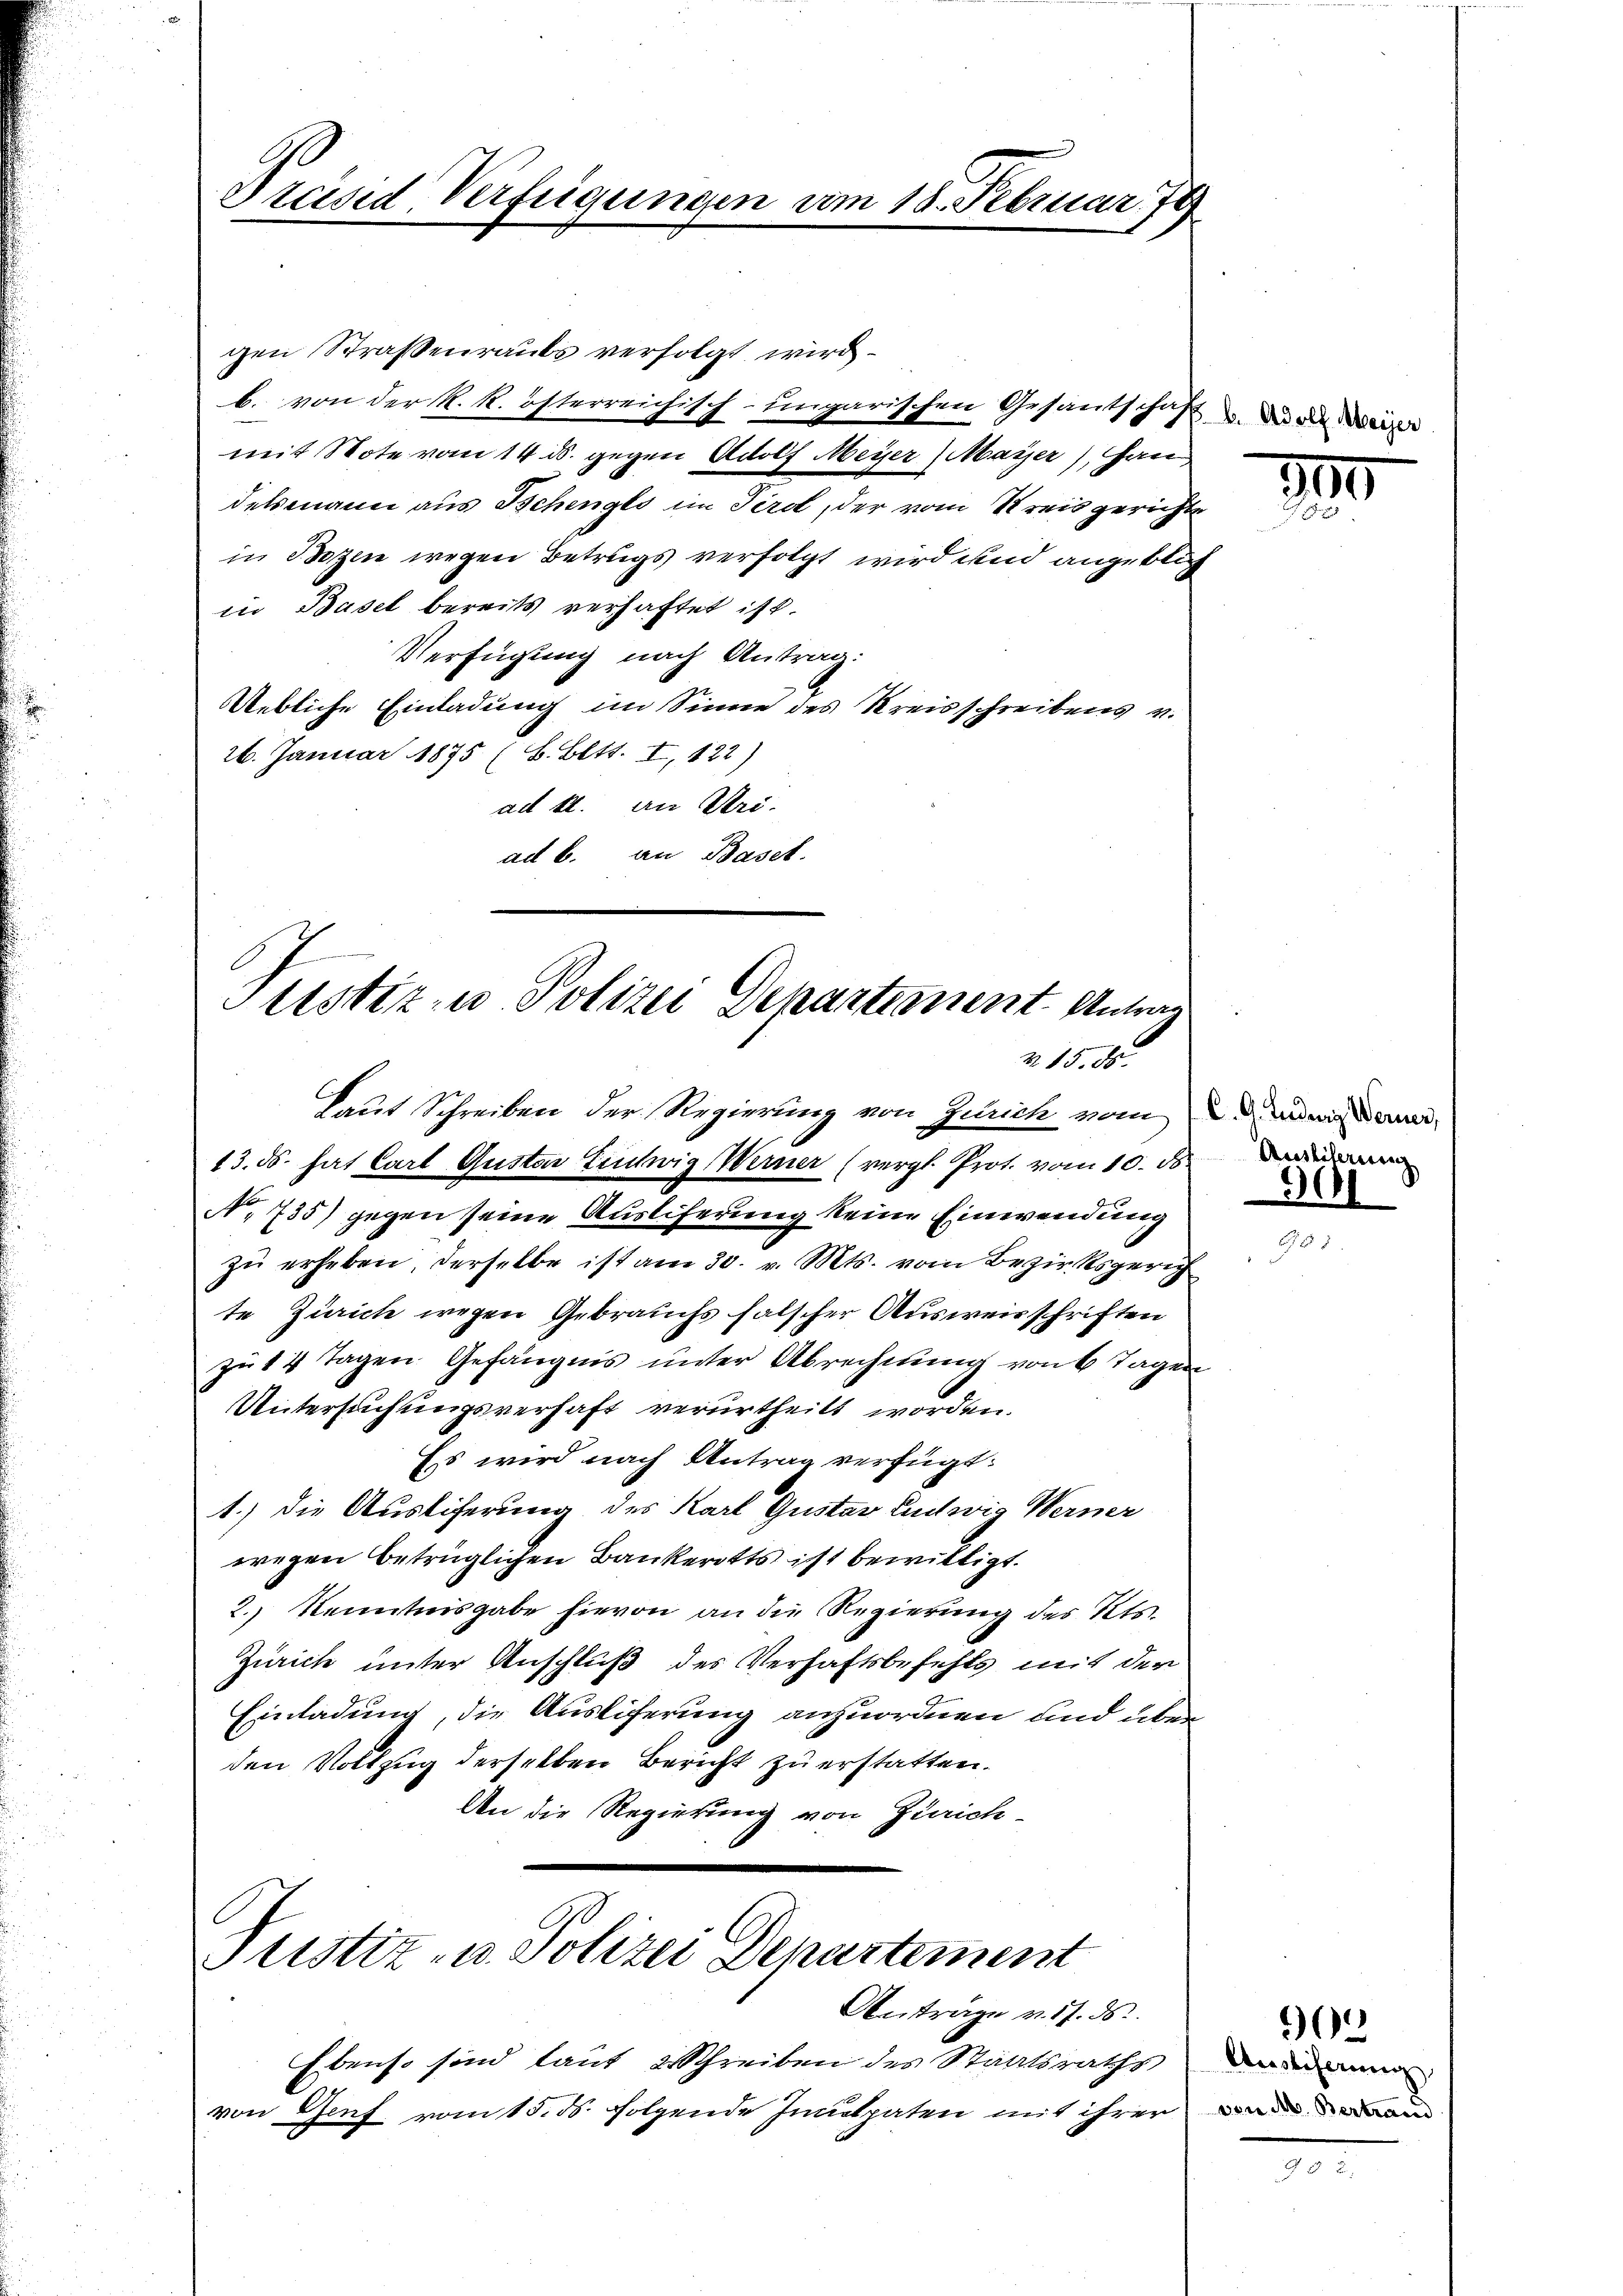
Präsid. Verfügungen am 18. Februar 79

gen Straßenraubs verfolgt wird
b. von der R. R. österreichisch-ungarischen Gesandtschaft. Du die Weise
mit Note vom 14. ds. gegen Adolf Meyer (Mayer), Han
delsmann aus Tschenges im Tirol, der vom Kreisgerichte
in Bozen wegen Betrugs verfolgt wird und angeblich
in Basel bereits verhaftet ist.
Verfügung nach Antrag:
Uebliche Einladung im Sinne des Kreisschreibens v.
26. Januar 1895 (S. Bett. I, 122)
ad k. an Uri.
ad b. an Basel.

Justiz u. Polizei Departement Antrag
N 15. 85.

Justiz- u. Polizei Departement
Antrage v. 17. ds.

13. ds. hat Carl Gustav Liulwig Werner (vergl. Prot. vom 10. ds.
No 735) gegen seine Auslieferung keine Einwendung
zŭ erheben, derselbe ist am 30. v. Mts. vom Bezirksgerich
te Zürich wegen Gebrauchs falscher Ausweisschriften
zu 14 Tagen Gefängnis unter Abrechnung von 6 Tagen
Untersuchungsverhaft verurtheilt worden.
Es wird nach Antrag verfügt:
1.) Die Ausliferung des Karl Gustav Ludwig Werner
wegen betrüglichen Bankerotts ist bewilligt.
2.) Kenntnisgabe hievon an die Regierung des Kts.
Zürich unter Anschluß des Verhaftsbefehls mit der
Einladung, die Ausliferung anzuordnen und über
den Vollzug derselben Bericht zu erstatten.
An die Regierung von Zürich-

Laut Schreiben der Regierung von Zürich vom 2. Ludwig Berner,

Ebenso sind laut Schreiben des Staatsraths
von Genf. vom 15. ds. folgende Inculpaten mit ihrer

10

Auslierung

30)

6
Anstiferung,
von M. Bertraud